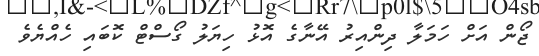
ޖޯން އަށް ހަމަލާ ދިންއިރު އޭނާގެ އޮޅު ހިޔަލު ގޯސްޓް ކޮބައި ހެއްޔެވެ